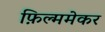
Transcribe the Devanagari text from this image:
फ़िल्ममेकर